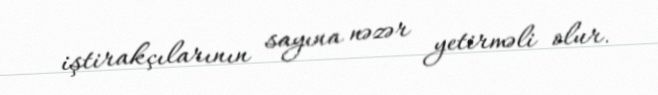
iştirakçılarının sayına nəzər yetirməli olur.